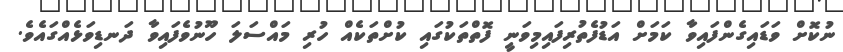
ނުކޮށް ވަޑައިގެންފައިވާ ކަމަށް އަޑުފެތުރިފައިމިވަނީ ފޮތްތަކުގައި ކުށްތަކެއް ހުރި މައްސަލަ ހޫނުވެފައިވާ ދަނޑިވަޅެއްގައެވެ.